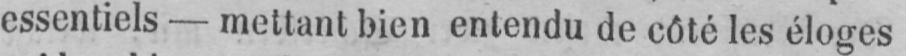
essentiels - mettant bien entendu de côté les éloges